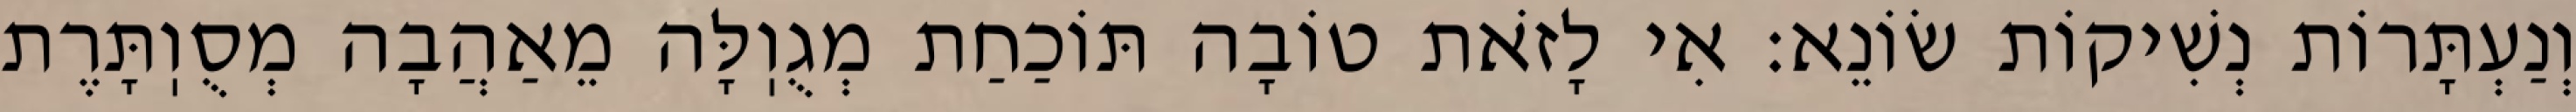
וְנַעְתָּרוֹת נְשִׁיקוֹת שׂוֹנֵא: אִי לָזֹאת טוֹבָה תּוֹכַחַת מְגֻוֽלָּה מֵאַהֲבָה מְסֻוֽתָּרֶת